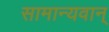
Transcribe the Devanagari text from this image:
सामान्यवान्